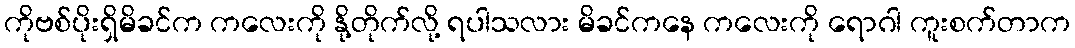
ကိုဗစ်ပိုးရှိမိခင်က ကလေးကို နို့တိုက်လို့ ရပါသလား မိခင်ကနေ ကလေးကို ရောဂါ ကူးစက်တာက